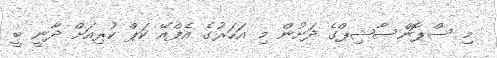
މި ސްޕޮންސާޝިޕްގެ ދަށުން މި އަހަރުގެ އެފްއޭ ކަޕް ކުރިއަށް ދާނީ ބީ